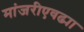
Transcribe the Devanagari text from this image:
मांजरीएवढ्या